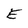
Character: E